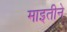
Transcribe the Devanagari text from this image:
माइतीने